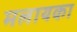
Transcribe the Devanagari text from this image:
मलायका